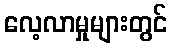
လေ့လာမှုများတွင်